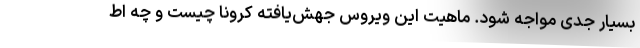
بسیار جدی مواجه شود. ماهیت این ویروس جهش‌یافته کرونا چیست و چه اط